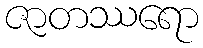
ဇာတဿရော